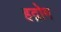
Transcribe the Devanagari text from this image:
हद्रोग